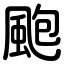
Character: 颮